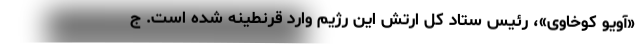
«آویو کوخاوی»، رئیس ستاد کل ارتش این رژیم وارد قرنطینه شده است. ج